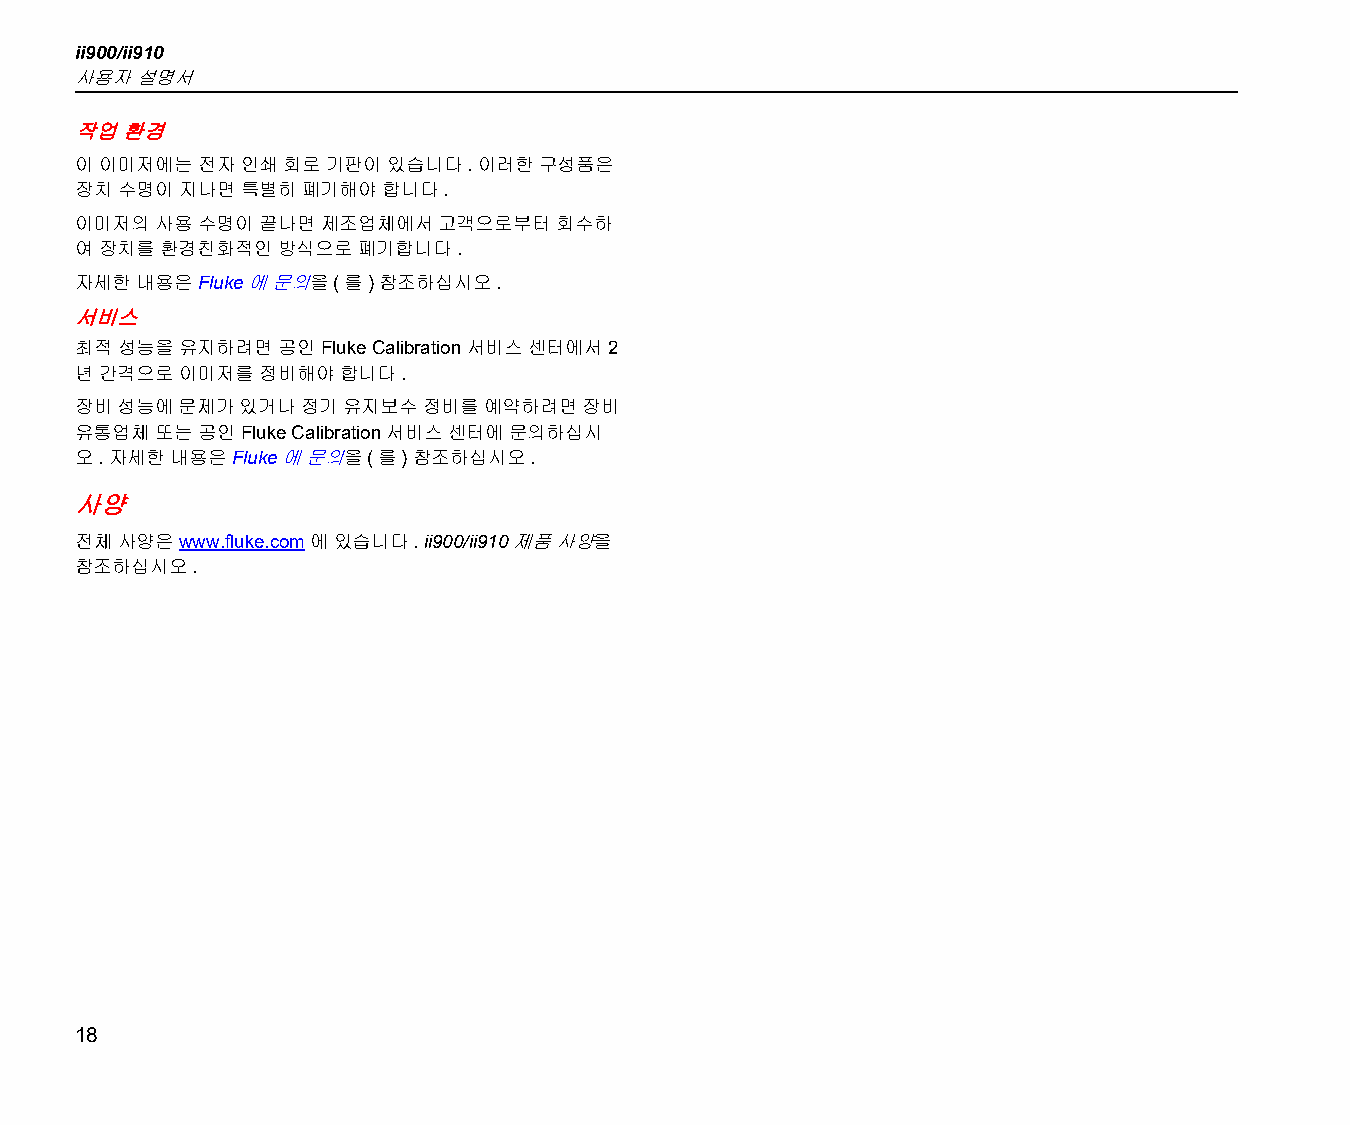
ii900/ii910
 사용자 설명서
 작업 환경
 이 이미저에는 전자 인쇄 회로 기판이 있습니다. 이러한 구성품은
 장치 수명이 지나면 특별히 폐기해야 합니다.
 이미저의 사용 수명이 끝나면 제조업체에서  고객으로부터  회수하
 여 장치를 환경친화적인 방식으로  폐기합니다.
 자세한 내용은 Fluke에 문의을(를) 참조하십시오.
 서비스
 최적 성능을 유지하려면 공인 Fluke Calibration 서비스 센터에서 2
 년 간격으로 이미저를 정비해야 합니다.
 장비 성능에 문제가 있거나 정기 유지보수 정비를 예약하려면 장비
 유통업체 또는 공인 Fluke Calibration 서비스 센터에 문의하십시
 오. 자세한 내용은 Fluke에 문의을(를) 참조하십시오.
 사양
 전체 사양은 www.fluke.com에 있습니다. ii900/ii910 제품 사양을
 참조하십시오.
 18